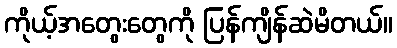
ကိုယ့်အတွေးတွေကို ပြန်ကျိန်ဆဲမိတယ်။